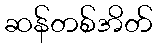
ဆန်တစ်အိတ်